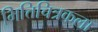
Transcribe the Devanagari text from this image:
भित्तिचित्रकला